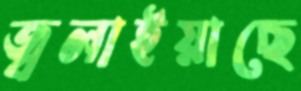
জ্বলাইয়াছে